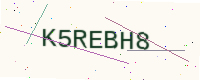
Text: K5REBH8